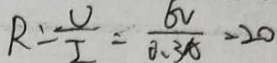
R = \frac { U } { I } = \frac { 6 V } { 0 . 3 A } = 2 0